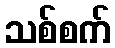
သစ်စက်